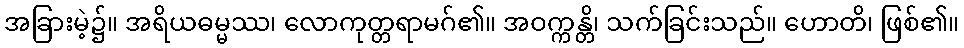
အခြားမဲ့၌။ အရိယဓမ္မဿ၊ လောကုတ္တရာမဂ်၏။ အဝက္ကန္တိ၊ သက်ခြင်းသည်။ ဟောတိ၊ ဖြစ်၏။